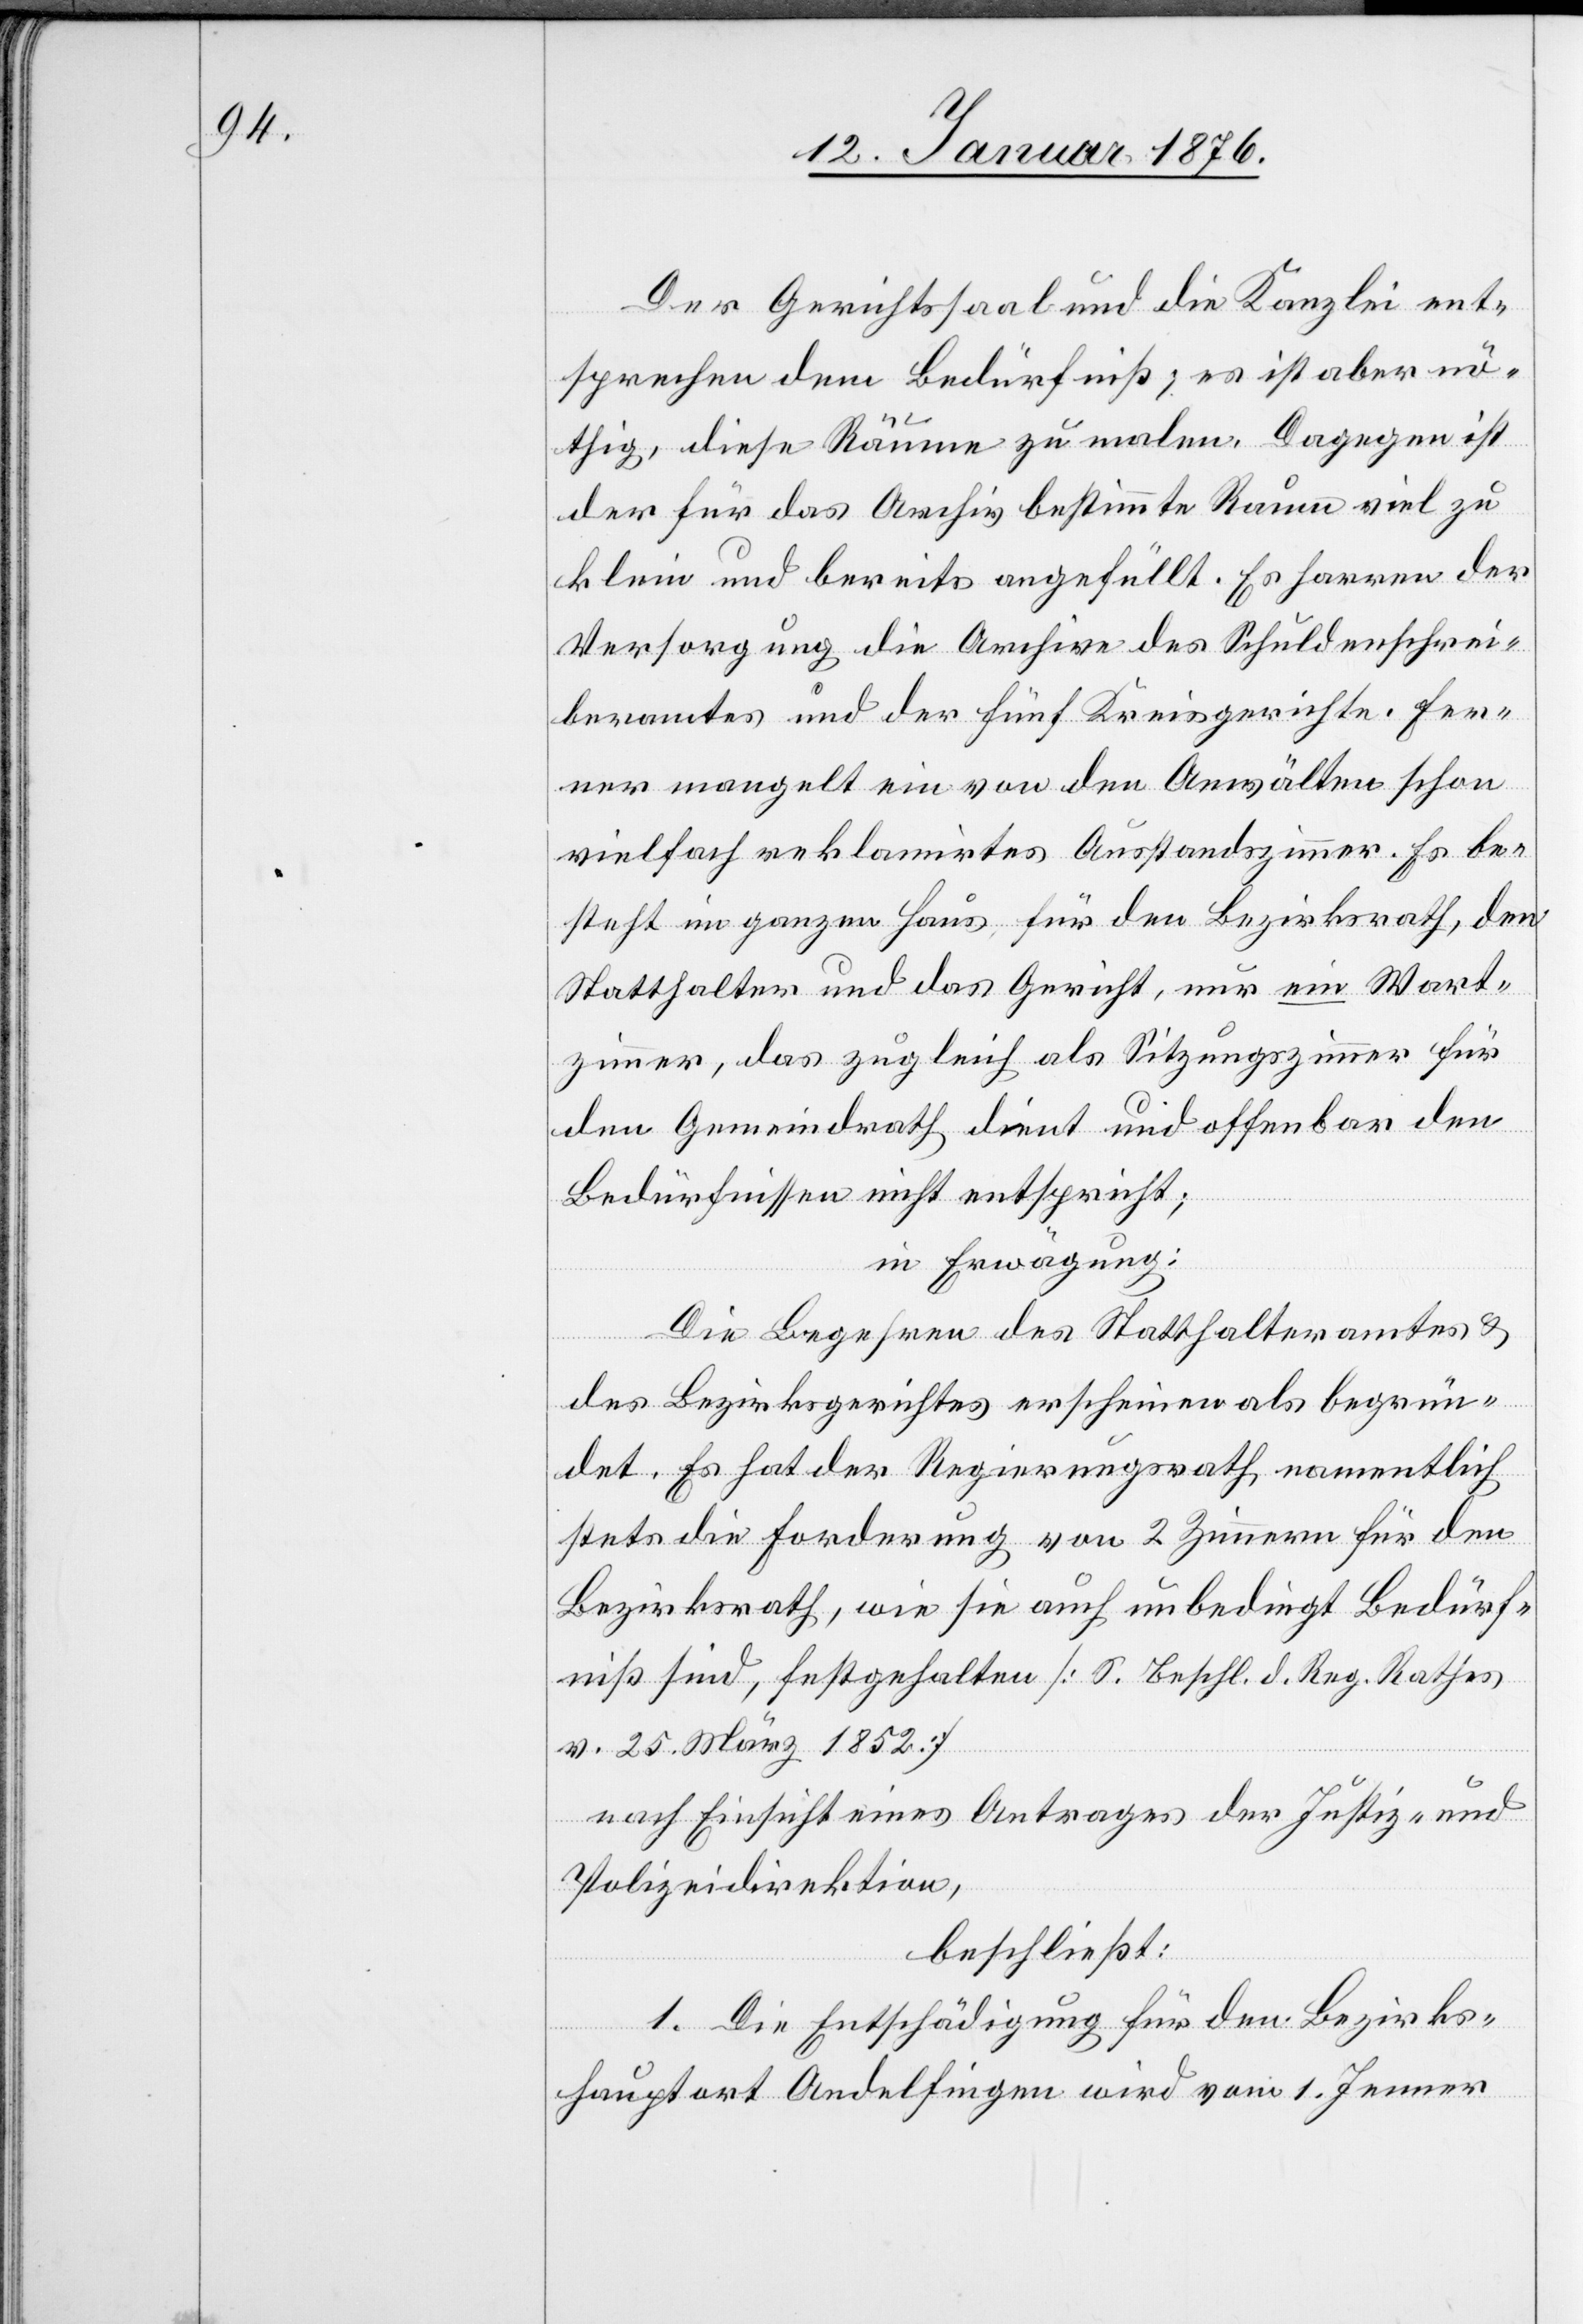
Der Gerichtssaal und die Kanzlei ent¬
sprechen dem Bedürfniß; es ist aber nö¬
thig, diese Räume zu malen. Dagegen ist
der für das Archiv bestimmte Raum viel zu
klein und bereits angefüllt. Es harren der
Versorgung die Archive des Schuldenschrei¬
beramtes und der fünf Kreisgerichte. Fer¬
nen mangelt ein von den Anwälten schon
vielfach reklamirtes Ausstandszimmer. Es be¬
steht im ganzen Haus für den Bezirksrath, den
Statthalter und das Gericht, nur ein Wart¬
zimmer, das zugleich als Sitzungszimmer für
den Gemeindrath dient und offenbar den
Bedürfnissen nicht entspricht;
in Erwägung:
Die Begehren des Statthalteramtes u.
des Bezirksgerichtes erscheinen als begrün¬
det. Es hat der Regierungsrath namentlich
stets die Forderung von 2 Zimmern für den
Bezirksrath, wie sie auch unbedingt Bedürf¬
niß sind, festgehalten [S. Beschl. d. Reg. Rathes
v. 25. März 1852]
nach Einsicht eines Antrages der Justiz- und
Polizeidirektion,
beschließt:
1. Die Entschädigung für den Bezirks¬
hauptort Andelfingen wird vom 1. Jenner